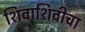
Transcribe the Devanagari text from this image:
शिवाशिवीचा